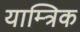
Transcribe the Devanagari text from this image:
याम्त्रिक